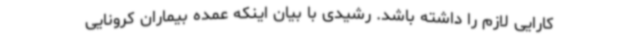
کارایی لازم را داشته باشد. رشیدی با بیان اینکه عمده بیماران کرونایی